Civil Veterinary Dept. North-West Frontier Province 1933-46 - 1933-1946
Year: 1933
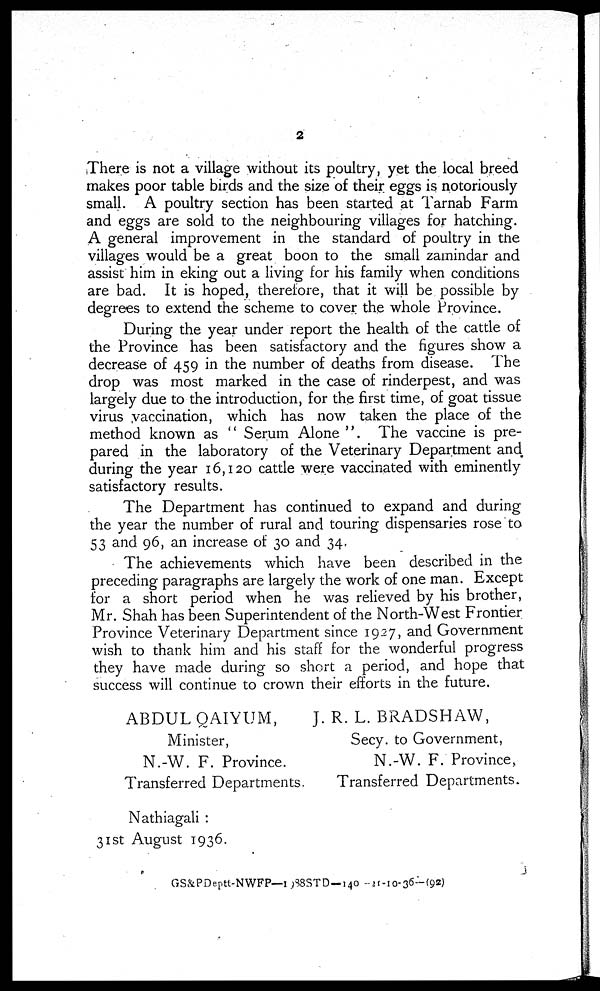
2
There is not a village without its poultry, yet the local breed
makes poor table birds and the size of their eggs is notoriously
small. A poultry section has been started at Tarnab Farm
and eggs are sold to the neighbouring villages for hatching.
A general improvement in the standard of poultry in the
villages would be a great boon to the small zamindar and
assist him in eking out a living for his family when conditions
are bad. It is hoped, therefore, that it will be possible by
degrees to extend the scheme to cover the whole Province.
During the year under report the health of the cattle of
the Province has been satisfactory and the figures show a
decrease of 459 in the number of deaths from disease. The
drop was most marked in the case of rinderpest, and was
largely due to the introduction, for the first time, of goat tissue
virus vaccination, which has now taken the place of the
method known as "Serum Alone". The vaccine is pre-
pared in the laboratory of the Veterinary Department and
during the year 16,120 cattle were vaccinated with eminently
satisfactory results.
The Department has continued to expand and during
the year the number of rural and touring dispensaries rose to
53 and. 96, an increase of 30 and 34
The achievements which have been described in the
preceding paragraphs are largely the work of one man. Except
for a short period when he was relieved by his brother,
Mr. Shah has been Superintendent of the North-West Frontier
Province Veterinary Department since 1927, and Government
wish to thank him and his staff for the wonderful progress
they have made during so short a period, and hope that
success will continue to crown their efforts in the future.
ABDUL QAIYUM,
Minister,
N.-W. F. Province.
Transferred Departments.
J. R. L. BRADSHAW,
Secy. to Government,
N.-W. F. Province,
Transferred Departments.
Nathiagali :
31st August 1936.
GS&PDeptt-NWFP—1988STD—140 - 21-10-36 — (92)